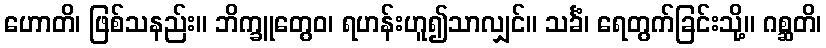
ဟောတိ၊ ဖြစ်သနည်း။ ဘိက္ခူတွေဝ၊ ရဟန်းဟူ၍သာလျှင်။ သင်္ခံ၊ ရေတွက်ခြင်းသို့။ ဂစ္ဆတိ၊